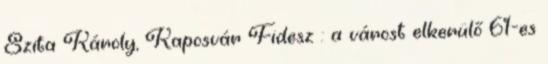
Szita Károly, Kaposvár Fidesz : a várost elkerülő 61-es